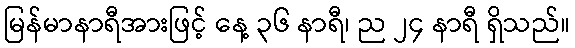
မြန်မာနာရီအားဖြင့် နေ့ ၃၆ နာရီ၊ ည ၂၄ နာရီ ရှိသည်။